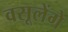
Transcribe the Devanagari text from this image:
वसूलेंगे